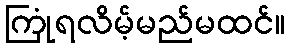
ကြုံရလိမ့်မည်မထင်။